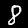
Label: 8